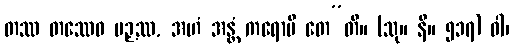
တဿ တဿေဝ ပဉှဿ, အဟံ အန္တံ ကရောမိ တေ”တိ။ (သု။ နိ။ ၅၁၇) ဝါ၊